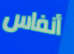
أنفاس